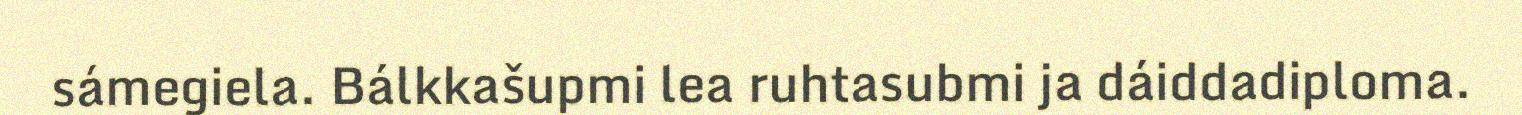
sámegiela. Bálkkašupmi lea ruhtasubmi ja dáiddadiploma.